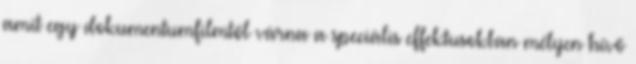
amit egy dokumentumfilmtől várna a speciális effektusokban mélyen hívő